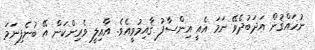
ނުހައްޤުން އަދަބުދެވޭ ނަމަ އެއީ އިންސާފު ޤާއިމުވީއެވެ. އާއިލީ ވެރިންކަން އޭ ބުނެފިނަމަ